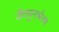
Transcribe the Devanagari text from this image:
जैवपुनर्भरण